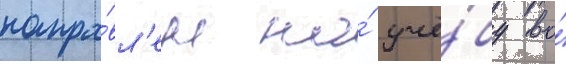
напра́вл'ен на́ учё́бу во́